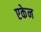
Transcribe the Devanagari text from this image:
एकेन